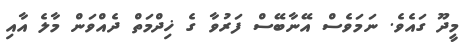
މީދޫ ގައެވެ. ނަމަވެސް އޭނާބޭސް ފަރުވާ ގެ ޚިދްމަތް ދެއްވަން މާލެ އާއި